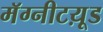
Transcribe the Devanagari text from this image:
मॅग्नीटय़ूड